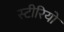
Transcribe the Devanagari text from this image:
स्‍टीरियो